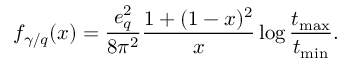
f _ { \gamma / q } ( x ) = \frac { e _ { q } ^ { 2 } } { 8 \pi ^ { 2 } } \frac { 1 + ( 1 - x ) ^ { 2 } } { x } \log \frac { t _ { \mathrm { { m a x } } } } { t _ { \mathrm { { m i n } } } } .